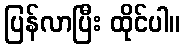
ပြန်လာပြီး ထိုင်ပါ။